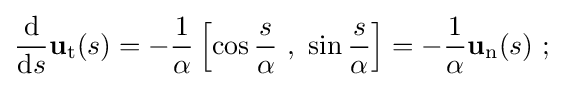
{\frac {\mathrm {d} }{\mathrm {d} s}}\mathbf {u} _{\mathrm {t} }(s)=-{\frac {1}{\alpha }}\left[\cos {\frac {s}{\alpha }}\ ,\ \sin {\frac {s}{\alpha }}\right]=-{\frac {1}{\alpha }}\mathbf {u} _{\mathrm {n} }(s)\ ;